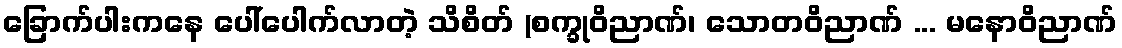
ခြောက်ပါးကနေ ပေါ်ပေါက်လာတဲ့ သိစိတ် (စက္ခုဝိညာဏ်၊ သောတဝိညာဏ် ... မနောဝိညာဏ်